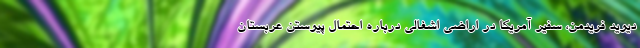
دیوید فریدمن، سفیر آمریکا در اراضی اشغالی درباره احتمال پیوستن عربستان